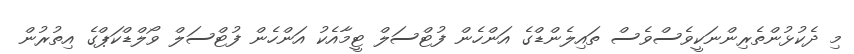
މި ދެކުޅުންތެރިންނަކީވެސްވެސް ތައިލެންޑްގެ އަންހެން ފުޓްސަލް ޓީމާއެކު އަންހެން ފުޓްސަލް ވޯލްޑްކަޕްގެ އިތުރުން